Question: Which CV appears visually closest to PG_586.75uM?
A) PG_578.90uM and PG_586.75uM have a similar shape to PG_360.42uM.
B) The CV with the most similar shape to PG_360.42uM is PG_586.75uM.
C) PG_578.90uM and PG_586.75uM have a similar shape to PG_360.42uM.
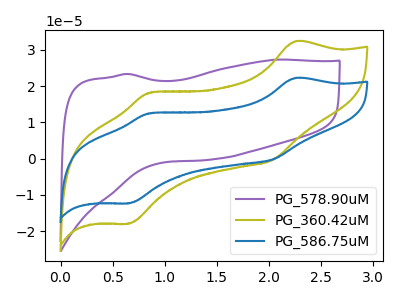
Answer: <think>The purple curve "PG_578.90uM" has no peaks. The olive curve "PG_360.42uM" has anodic peaks at (2.25V, 32.30uA) (0.85V, 18.15uA) and cathodic peaks at (2.05V, -0.30uA) (0.65V, -17.95uA). The blue curve "PG_586.75uM" has anodic peaks at (2.25V, 22.20uA) (0.85V, 12.45uA) and cathodic peaks at (2.05V, -0.20uA) (0.65V, -12.30uA).
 "PG_578.90uM" and "PG_360.42uM" have a different number of peaks. "PG_578.90uM" and "PG_586.75uM" have a different number of peaks. All the peaks in "PG_360.42uM" have a peak in "PG_586.75uM" at the same potential. Every peak in "PG_360.42uM" is higher than every peak in "PG_586.75uM".</think>
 <answer>B) The CV with the most similar shape to "PG_360.42uM" is "PG_586.75uM".</answer>
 <eval>B</eval>